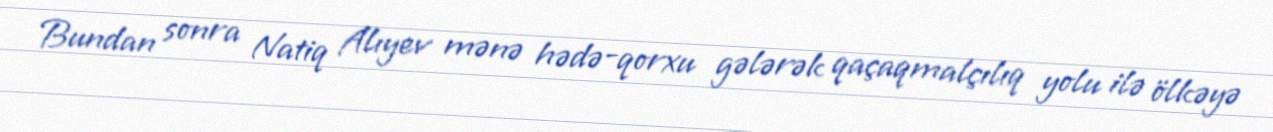
Bundan sonra Natiq Alıyev mənə hədə-qorxu gələrək qaçaqmalçılıq yolu ilə ölkəyə